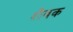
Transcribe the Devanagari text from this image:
शैवक